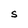
Character: S